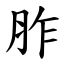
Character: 胙